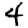
Digit: 4